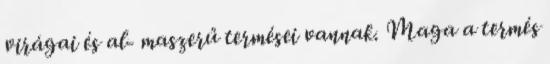
virágai és al- maszerű termései vannak. Maga a termés